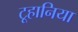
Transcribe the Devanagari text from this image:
टूहानिया